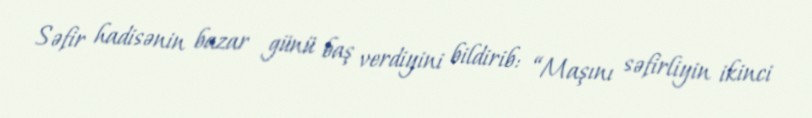
Səfir hadisənin bazar günü baş verdiyini bildirib: “Maşını səfirliyin ikinci